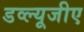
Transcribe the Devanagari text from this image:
डव्ल्यूजीए